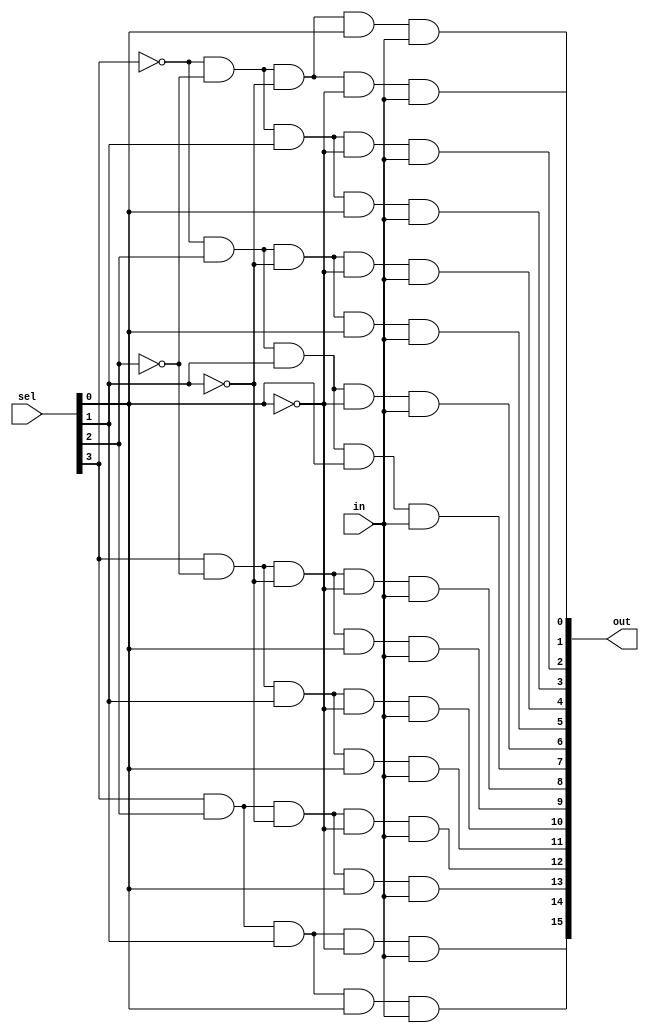
`timescale 1ns / 1ps
//////////////////////////////////////////////////////////////////////////////////
// Company: 
// Engineer: 
// 
// Design Name: 
// Module Name:    Demux16 
// Project Name: 
// Target Devices: 
// Tool versions: 
// Description: 
//
// Dependencies: 
//
// Revision: 
// Revision 0.01 - File Created
// Additional Comments: 
//
//////////////////////////////////////////////////////////////////////////////////

module Demux16(
    input in,
    input [3:0] sel,
    output [15:0] out
    );
	 
	 wire w0,w1,w2,w3,w4,w5,w6,w7,w8,w9,w10,w11,w12,w13,w14,w15 ;
	 assign #8 out[0] = ~sel[3] & ~sel[2] & ~sel[1] & ~sel[0] &	in ; 
	 assign #8 out[1] = ~sel[3] & ~sel[2] & ~sel[1] &  sel[0] &	in ; 
	 assign #8 out[2] = ~sel[3] & ~sel[2] &  sel[1] & ~sel[0] &	in ; 
	 assign #8 out[3] = ~sel[3] & ~sel[2] &  sel[1] &  sel[0] &	in ; 
	 assign #8 out[4] = ~sel[3] &  sel[2] & ~sel[1] & ~sel[0] &	in ; 
	 assign #8 out[5] = ~sel[3] &  sel[2] & ~sel[1] &  sel[0] &	in ; 
	 assign #8 out[6] = ~sel[3] &  sel[2] &  sel[1] & ~sel[0] &	in ; 
	 assign #8 out[7] = ~sel[3] &  sel[2] &  sel[1] &  sel[0] &	in ; 
	 assign #8 out[8] =  sel[3] & ~sel[2] & ~sel[1] & ~sel[0] &	in ; 
	 assign #8 out[9] =  sel[3] & ~sel[2] & ~sel[1] &  sel[0] &	in ; 
	 assign #8 out[10] =  sel[3] & ~sel[2] &  sel[1] & ~sel[0] &	in ; 
	 assign #8 out[11] =  sel[3] & ~sel[2] &  sel[1] &  sel[0] &	in ; 
	 assign #8 out[12] =  sel[3] &  sel[2] & ~sel[1] & ~sel[0] &	in ; 
	 assign #8 out[13] =  sel[3] &  sel[2] & ~sel[1] &  sel[0] &	in ; 
	 assign #8 out[14] =  sel[3] &  sel[2] &  sel[1] & ~sel[0] &	in ; 
	 assign #8 out[15] =  sel[3] &  sel[2] &  sel[1] &  sel[0] &	in ; 
	 
	 
	 
	 


endmodule